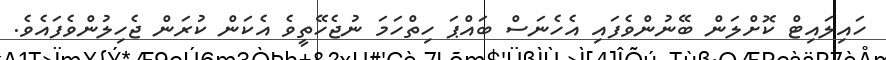
ހައިލައިޓް ކޮށްލަން ބޭނުންވެފައި އެހެނަސް ބައްޕަ ހިތްހަމަ ނުޖެހޭތީވެ އެކަން ކުރަން ޖެހިލުންވެފައެވެ.